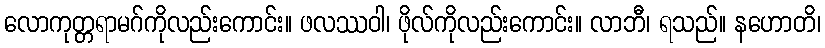
လောကုတ္တရာမဂ်ကိုလည်းကောင်း။ ဖလဿဝါ၊ ဖိုလ်ကိုလည်းကောင်း။ လာဘီ၊ ရသည်။ နဟောတိ၊